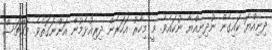
ދިނިއްޔަ ކައިގެން ނުދިނިއްޔާ ނުކައެވެ. މީ މިހާރު އަހަރެން ދިރިއުޅެމުން އަންނަގޮތެވެ. މައްޗަސް